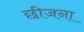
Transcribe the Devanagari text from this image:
छीजना